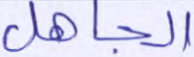
الجاهل